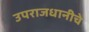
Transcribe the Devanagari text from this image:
उपराजधानीचे